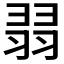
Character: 𦐱